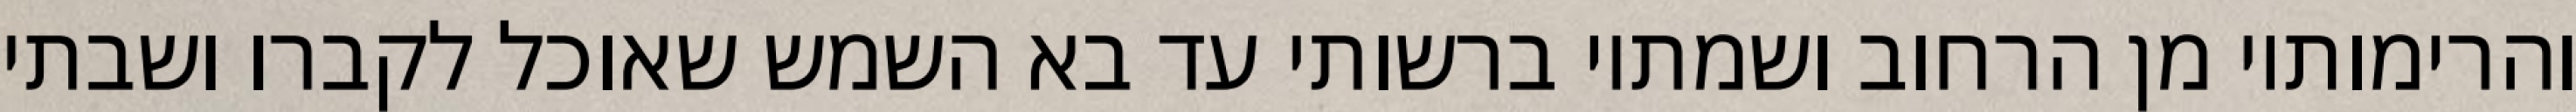
והרימותיו מן הרחוב ושמתיו ברשותי עד בא השמש שאוכל לקברו ושבתי